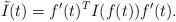
LaTeX: \begin{align*}\tilde I(t)=f'(t)^T I(f(t))f'(t). \end{align*}